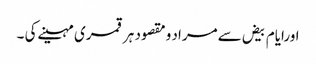
اورایام بیض سےمراد ومقصود ہرقمری مہینےکی ۔